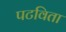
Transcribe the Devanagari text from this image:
पटविता